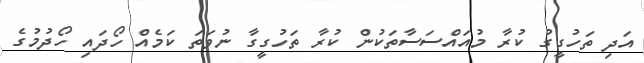
އަދި ތަހުގީގު ކުރާ މުއައްސަސާތަކުން ކުރާ ތަހުގީގާ ނުވަތަ ކަމެއް ހޯދައި ހޯދުމުގެ